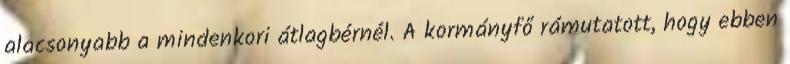
alacsonyabb a mindenkori átlagbérnél. A kormányfő rámutatott, hogy ebben